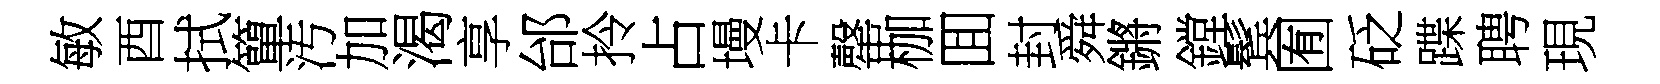
敏酉拭簞汚加渴享邰拎占墁卡罄枷囬封舜鏘鏜鬂囿砭蹀聘現